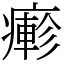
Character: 𤺋